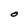
Character: O